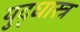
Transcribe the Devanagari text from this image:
युद्धास्त्र